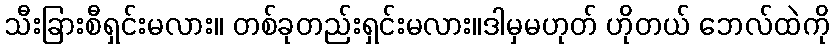
သီးခြားစီရှင်းမလား။ တစ်ခုတည်းရှင်းမလား။ဒါမှမဟုတ် ဟိုတယ် ဘေလ်ထဲကို